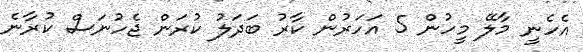
އެހެނީ މާލޭ މީހުން 5 އަހަރުން ކާރު ބަދަލު ކުރަން ޖެހުނަސް ކުރާނެ